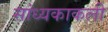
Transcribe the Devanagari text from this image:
सांध्यकाकली